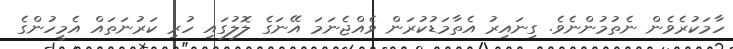
ހާމަކުރެވެން ނެތުމުންނެވެ. ގިނައިރު އެތާމަޑުކުރަން ވެއްޖެނަމަ އޭނަގެ ލޮލުގައި ހުރި ކަރުނަތައް އެމީހުންގެ